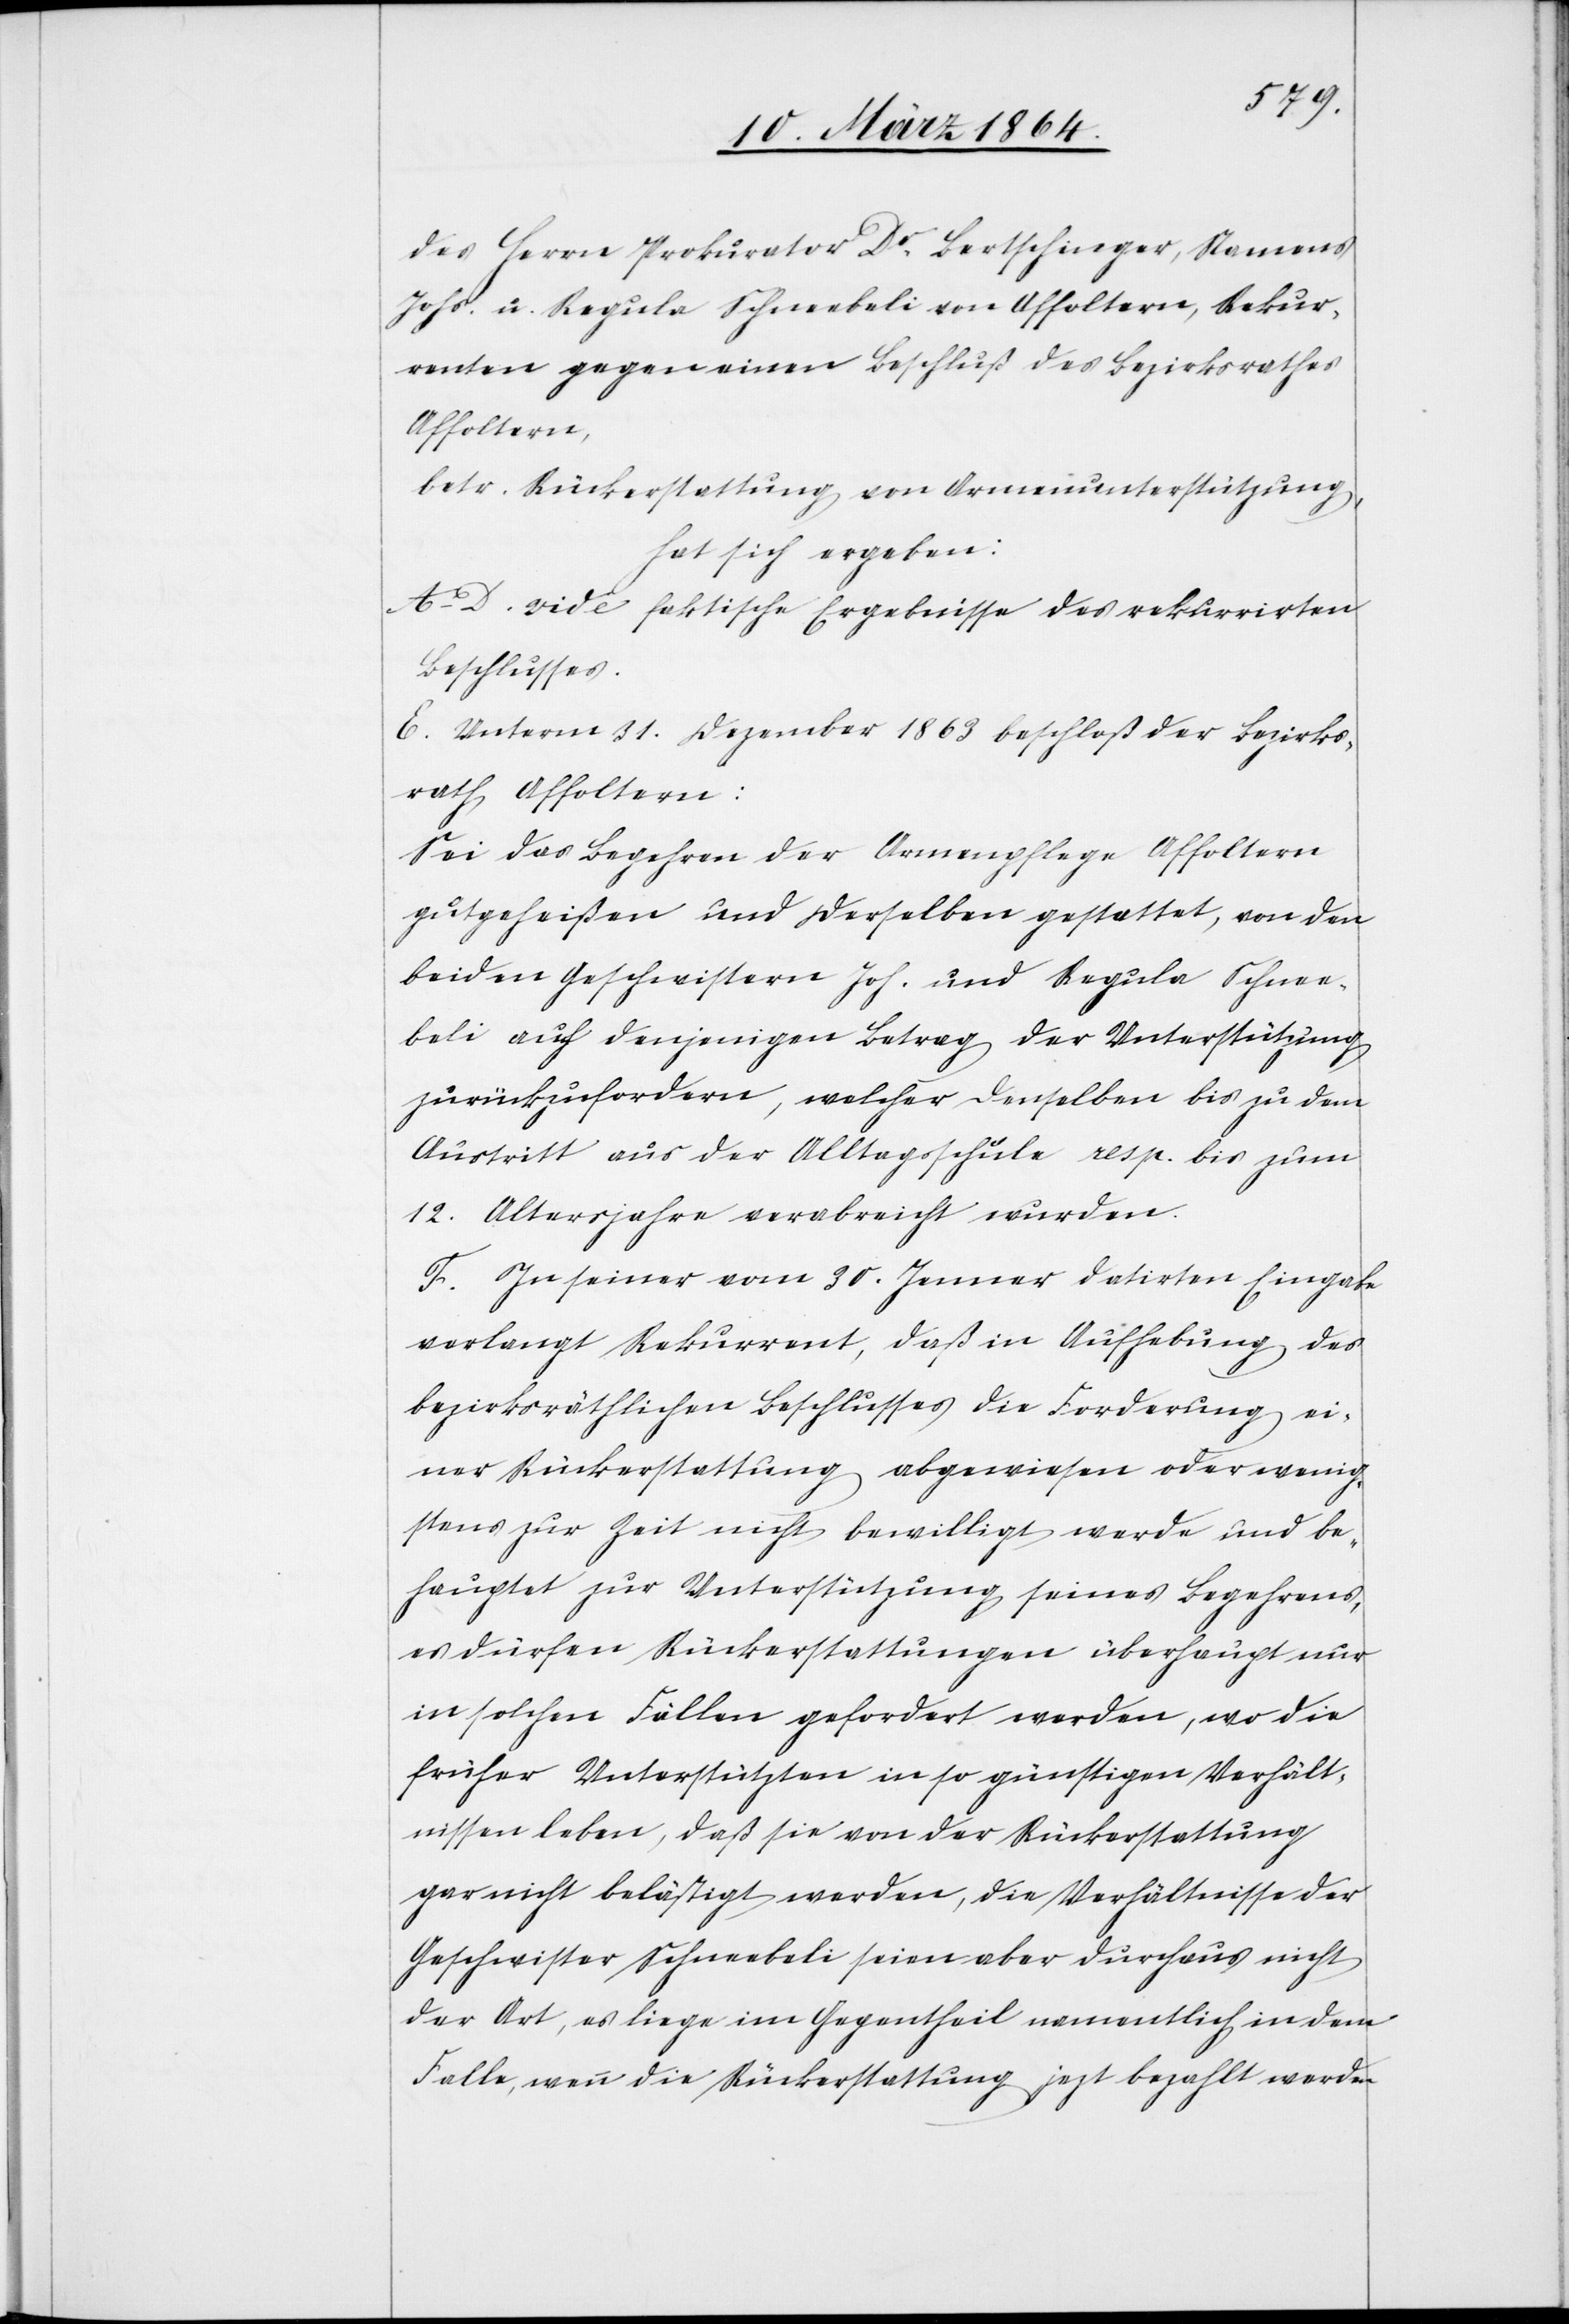
des Herrn Prokurator Dr Bertschinger, Namens
Johs. u. Regula Schneebeli von Affoltern, Rekur¬
renten gegen einen Beschluß des Bezirksrathes
Affoltern,
betr. Rückerstattung von Armenunterstützung,
hat sich ergeben:
A–D. vide faktische Ergebnisse des rekurrirten
Beschlusses.
E. Unterm 31. Dezember 1863 beschloß der Bezirks¬
rath Affoltern:
Sei das Begehren der Armenpflege Affoltern
gutgeheißen und derselben gestattet, von den
beiden Geschwistern Joh. und Regula Schnee¬
beli auf denjenigen Betrag der Unterstützung
zurückzufordern, welcher denselben bis zu dem
Austritt aus der Alltagsschule resp. bis zum
12. Altersjahre verabreicht wurden.
F. In seiner vom 30. Januar datirten Eingabe
verlangt Rekurrent, daß in Aufhebung des
bezirksräthlichen Beschlusses die Forderung ei¬
ner Rückerstattung abgewiesen oder wenig¬
stens zur Zeit nicht bewilligt werde und be¬
hauptet zur Unterstützung seines Begehrens,
es dürfen Rückerstattungen überhaupt nur
in solchen Fällen gefordert werden, wo die
früher Unterstützten in so günstigen Verhält¬
nissen leben, daß sie von der Rückerstattung
gar nicht belästigt werden, die Verhältnisse der
Geschwister Schneebeli seien aber durchaus nicht
der Art, es liege im Gegentheil namentlich in dem
Falle, wenn die Rückerstattung jezt bezahlt werden